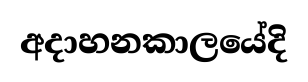
අදාහනකාලයේදි